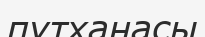
пұтханасы